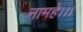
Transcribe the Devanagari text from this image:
नामहे।।।